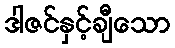
ဒါဇင်နှင့်ချီသော